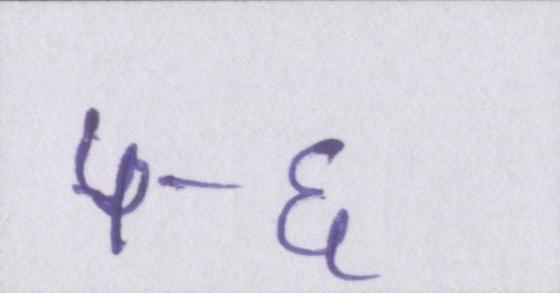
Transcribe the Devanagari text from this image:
५-६